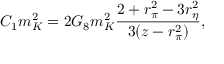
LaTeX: C _ { 1 } m _ { K } ^ { 2 } = { 2 G _ { 8 } m _ { K } ^ { 2 } } { \frac { 2 + r _ { \pi } ^ { 2 } - 3 r _ { \eta } ^ { 2 } } { 3 ( z - r _ { \pi } ^ { 2 } ) } } ,